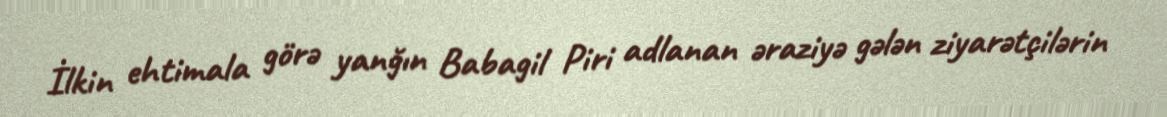
İlkin ehtimala görə yanğın Babagil Piri adlanan əraziyə gələn ziyarətçilərin